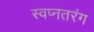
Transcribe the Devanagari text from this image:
स्वप्नतरंग